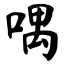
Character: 喁